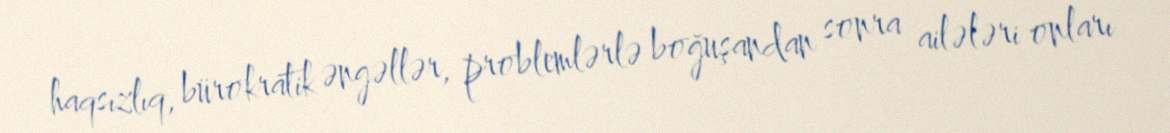
haqsızlıq, bürokratik əngəllər, problemlərlə boğuşandan sonra ailələri onları